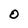
Character: O